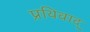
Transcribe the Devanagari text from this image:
प्रथिवाद्